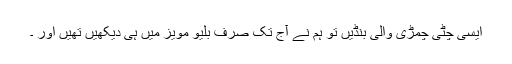
ایسی چٹی چمڑی والی بنڈیں تو ہم نے آج تک صرف بلیو مویز میں ہی دیکھیں تھیں اور ۔